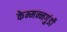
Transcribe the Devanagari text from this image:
केम्मन्नगुंडी